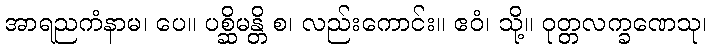
အာရညကံနာမ၊ ပေ။ ပစ္ဆိမန္တိ စ၊ လည်းကောင်း။ ဧဝံ၊ သို့။ ဝုတ္တလက္ခဏေသု၊